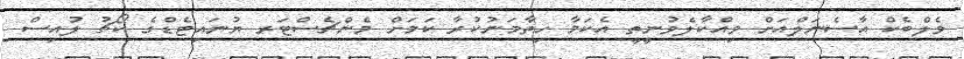
ވެލްބެކް އާސެނަލްއަށް ވިއްކާލެވުނީތީ އެކަމާ ހިތާމަނުކުރާ ކަމަށް މެންޗެސްޓަރ ޔުނައިޓެޑްގެ ކޯޗު ލުއިސް